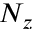
N _ { z }